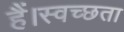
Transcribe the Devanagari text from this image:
हैं।स्वच्छता